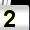
Digit: 2